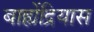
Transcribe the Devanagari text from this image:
बाह्येंद्रियास